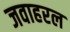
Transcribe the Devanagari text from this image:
जवाहरल